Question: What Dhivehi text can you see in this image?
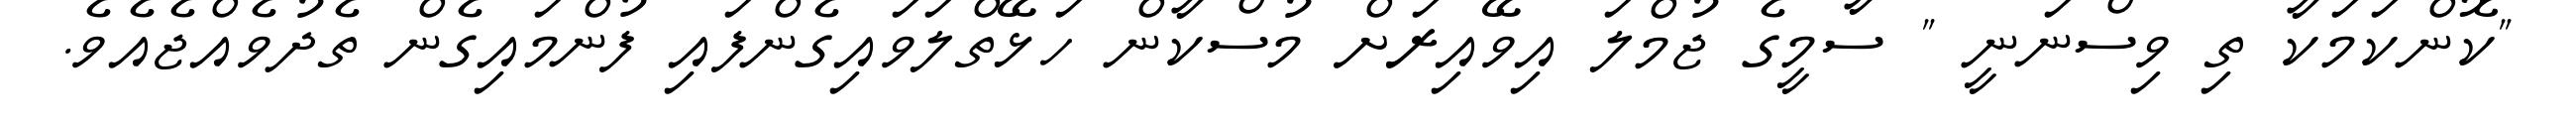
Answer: "ކޮންކަމަކާ ތި ވިސްނަނީ " ސާމީގެ ޖުމްލަ އިވޭއިރަށް މުސްކާން ހަޅޭތްލަވައިގެންފައި ފުންމައިގެން ތެދުވެއްޖެއެވެ.